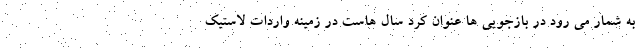
به شمار می رود در بازجویی ها عنوان کرد سال هاست در زمینه واردات لاستیک